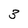
Character: 3